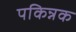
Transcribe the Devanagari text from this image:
पकिन्नक